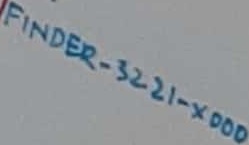
Text: FINDER-32.21.XD00